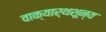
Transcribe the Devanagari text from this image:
वाक्यार्थशून्य